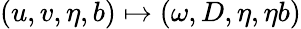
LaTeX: (u,v,\eta,b)\mapsto(\omega,D,\eta,\eta b)